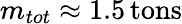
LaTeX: m_{tot}\approx 1.5\, {\mathrm{tons}}